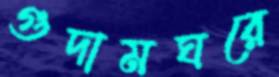
গুদামঘরে